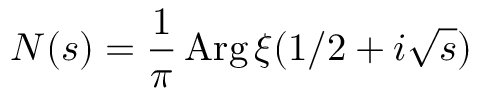
N ( s ) = { \frac { 1 } { \pi } } \operatorname { A r g } \xi ( 1 / 2 + i { \sqrt { s } } )